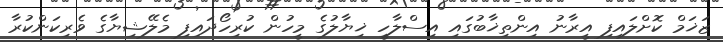
ޒަޚަމް ކޮށްލައިފި އީރާނު އިންތިޚާބުގައި އިސްލާހީ ޚިޔާލުގެ މީހުން ކުރިހޯދައިފި މެލޭޝިޔާގެ ވެރިކަންކުރާ